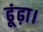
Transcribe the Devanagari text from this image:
ढूंढ़ा।